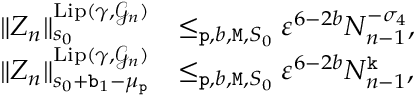
\begin{array} { r l } { \rVert Z _ { n } \rVert _ { s _ { 0 } } ^ { \mathrm { L i p } ( \gamma , \mathcal { G } _ { n } ) } } & { \le _ { \mathtt { p } , b , \mathtt { M } , S _ { 0 } } \varepsilon ^ { 6 - 2 b } N _ { n - 1 } ^ { - \sigma _ { 4 } } , } \\ { \rVert Z _ { n } \rVert _ { s _ { 0 } + \mathtt { b } _ { 1 } - \mu _ { \mathtt { p } } } ^ { \mathrm { L i p } ( \gamma , \mathcal { G } _ { n } ) } } & { \le _ { \mathtt { p } , b , \mathtt { M } , S _ { 0 } } \varepsilon ^ { 6 - 2 b } N _ { n - 1 } ^ { \mathtt { k } } , } \end{array}